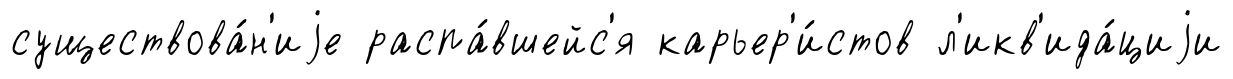
существова́н'иjе распа́вшейс'я карьер'и́стов л'икв'ида́циjи